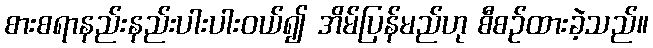
စားစရာနည်းနည်းပါးပါးဝယ်၍ အိမ်ပြန်မည်ဟု စီစဉ်ထားခဲ့သည်။